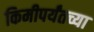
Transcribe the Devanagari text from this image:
किमीपर्यंतच्या